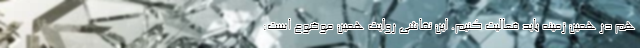
هم در همین زمینه باید فعالیت کنیم. این نقاشی روایت همین موضوع است: